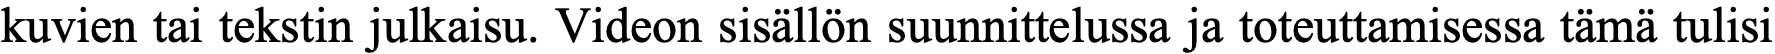
kuvien tai tekstin julkaisu. Videon sisällön suunnittelussa ja toteuttamisessa tämä tulisi